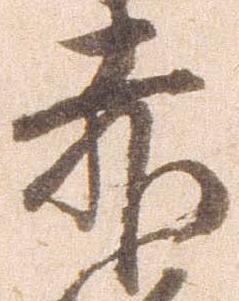
赤